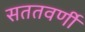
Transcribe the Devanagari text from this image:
सततवर्णी